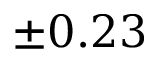
\pm 0 . 2 3